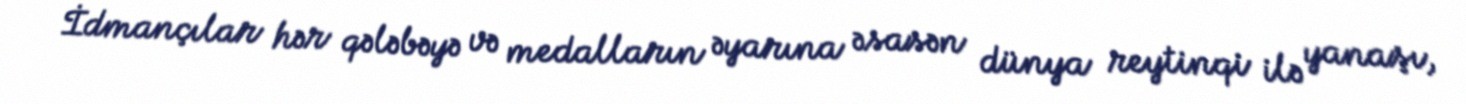
İdmançılar hər qələbəyə və medalların əyarına əsasən dünya reytinqi ilə yanaşı,